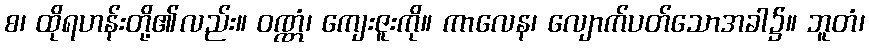
စ၊ ထိုရဟန်းတို့၏လည်း။ ဝဏ္ဏံ၊ ကျေးဇူးကို။ ကာလေန၊ လျောက်ပတ်သောအခါ၌။ ဘူတံ၊